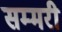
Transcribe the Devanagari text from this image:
सम्मरी